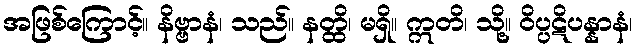
အဖြစ်ကြောင့်။ နိဗ္ဗာနံ၊ သည်။ နတ္ထိ၊ မရှိ။ ဣတိ၊ သို့။ ဝိပ္ပဋိပန္နာနံ၊